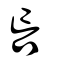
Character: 吂